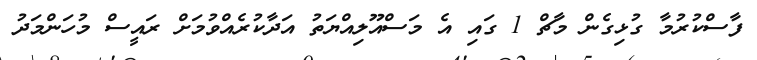
ފާސްކުރުމާ ގުޅިގެން މާޗް 1 ގައި އެ މަސްއޫލިއްޔަތު އަދާކުރެއްވުމަށް ރައީސް މުހަންމަދު